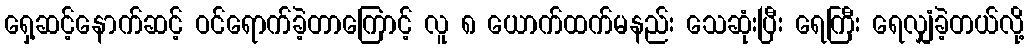
ရှေ့ဆင့်နောက်ဆင့် ဝင်ရောက်ခဲ့တာကြောင့် လူ ၈ ယောက်ထက်မနည်း သေဆုံးပြီး ရေကြီး ရေလျှံခဲ့တယ်လို့